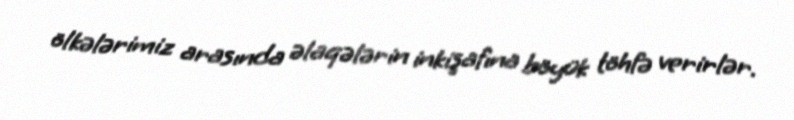
ölkələrimiz arasında əlaqələrin inkişafına böyük töhfə verirlər.